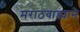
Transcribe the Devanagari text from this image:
मराठवाड्याने